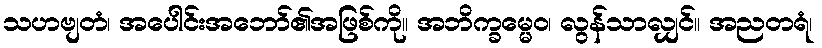
သဟဗျတံ၊ အပေါင်းအဘော်၏အဖြစ်ကို။ အဘိက္ခမ္မေဝ၊ လွန်သာလျှင်။ အညတရံ၊